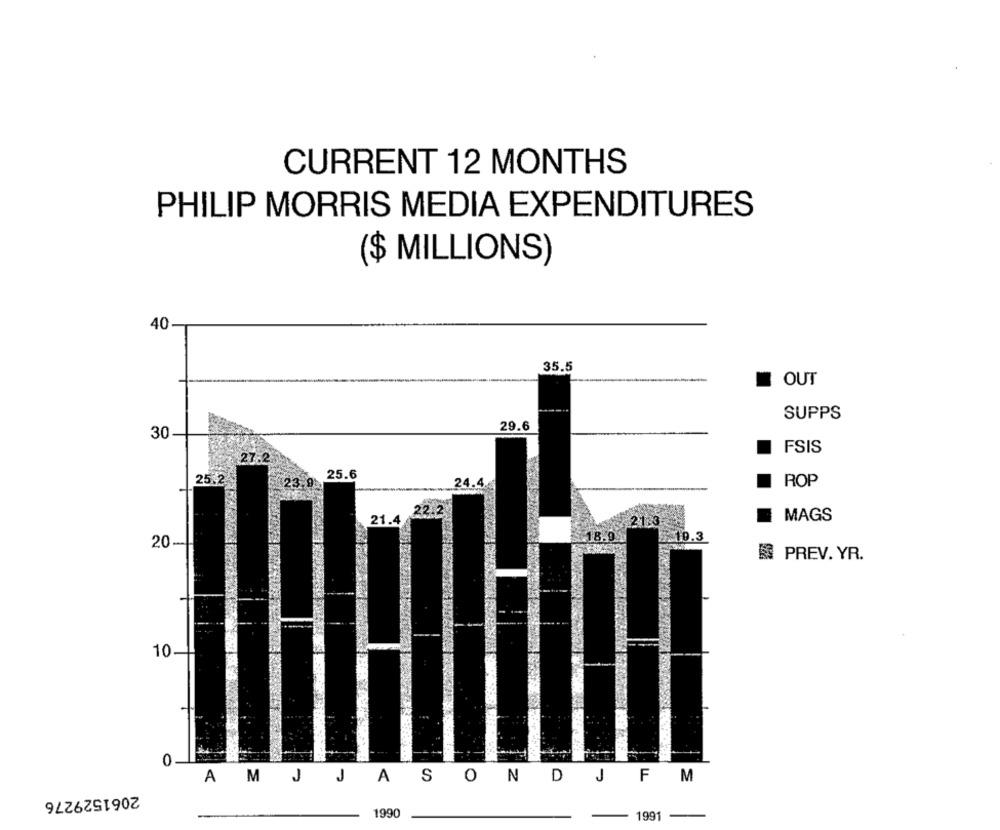
CURRENT 12 MONTHS
PHILIP MORRIS MEDIA EXPENDITURES
($ MILLIONS)
40
35.5
I OUT
SUPPS
29.6
30
FSIS
27.2
ROP
21
123
MAGS
10.3
20-
PREV. YR.
10
0
A MJ JASONDJFM
2061529276
1990
1991